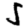
Digit: 5